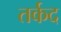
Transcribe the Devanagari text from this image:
तर्कद